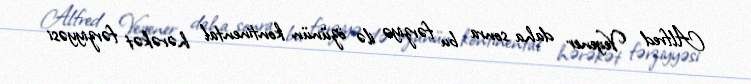
Alfred Vegener daha sonra bu fərziyə ilə özünün kontinental hərəkət fərziyyəsi